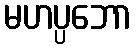
မဟပ္ပဘော